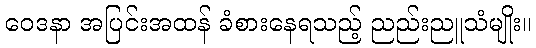
ဝေဒနာ အပြင်းအထန် ခံစားနေရသည့် ညည်းညူသံမျိုး။